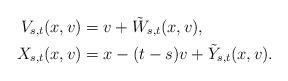
LaTeX: \begin{align*} V_{s,t}(x,v) &= v + \tilde W_{s,t}(x,v) , \\ X_{s,t}(x,v) &= x-(t-s)v+\tilde{Y}_{s,t}(x,v). \end{align*}